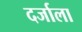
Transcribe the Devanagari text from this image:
दर्जाला